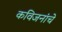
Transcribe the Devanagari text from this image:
कविजनांचे